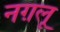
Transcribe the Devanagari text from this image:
नग़लू